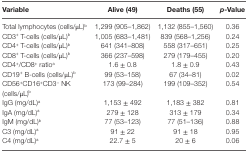
| Variable | Alive (49) | Deaths (55) | p-Value |
 | --- | --- | --- | --- |
 | Total lymphocytes (cells/μL)b | 1,299 (905–1,862) | 1,132 (855–1,560) | 0.36 |
 | CD3+ T-cells (cells/μL)b | 1,005 (683–1,481) | 839 (568–1,256) | 0.24 |
 | CD4+ T-cells (cells/μL)b | 641 (341–808) | 558 (317–651) | 0.25 |
 | CD8+ T-cells (cells/μL)b | 366 (237–598) | 279 (179–455) | 0.20 |
 | CD4+/CD8+ ratioa | 1.6 ± 0.8 | 1.8 ± 0.9 | 0.43 |
 | CD19+ B-cells (cells/μL)b | 99 (53–158) | 67 (34–81) | 0.02 |
 | CD56+CD16+CD3− NK (cells/μL)b | 173 (99–284) | 199 (109–352) | 0.54 |
 | IgG (mg/dL)a | 1,153 ± 492 | 1,183 ± 382 | 0.81 |
 | IgA (mg/dL)a | 279 ± 128 | 313 ± 179 | 0.34 |
 | IgM (mg/dL)b | 77 (53–123) | 77 (51–136) | 0.88 |
 | C3 (mg/dL)a | 91 ± 22 | 91 ± 18 | 0.95 |
 | C4 (mg/dL)a | 22.7 ± 5 | 20 ± 6 | 0.06 |